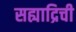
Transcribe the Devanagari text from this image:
सह्याद्रिची